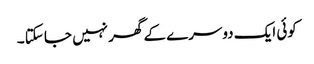
کوئی ایک دوسرے کے گھر نہیں جا سکتا ۔